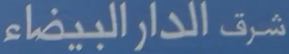
شرق الدار البيضاء